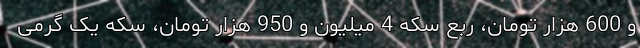
و 600 هزار تومان،‌ ربع سکه 4 میلیون و 950 هزار تومان، سکه یک گرمی